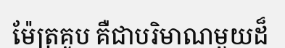
ម៉ែត្រគូប គឺជាបរិមាណមួយដ៏